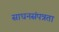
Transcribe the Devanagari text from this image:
साधनसंपन्नता